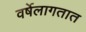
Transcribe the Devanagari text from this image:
वर्षेलागतात